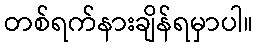
တစ်ရက်နားချိန်ရမှာပါ။